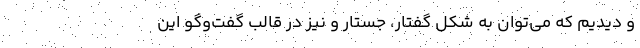
و دیدیم که می‌توان به شکل گفتار، جستار و نیز در قالب گفت‌وگو این